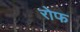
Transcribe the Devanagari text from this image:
रोफ